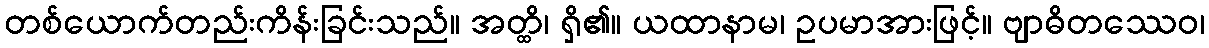
တစ်ယောက်တည်းကိန်းခြင်းသည်။ အတ္ထိ၊ ရှိ၏။ ယထာနာမ၊ ဥပမာအားဖြင့်။ ဗျာဓိတဿေဝ၊